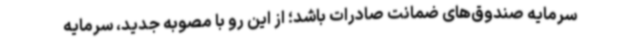
سرمایه‌ صندوق‌های ضمانت صادرات باشد؛ از این رو با مصوبه‌ جدید، سرمایه